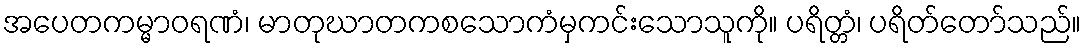
အပေတကမ္မာဝရဏံ၊ မာတုဃာတကစသောကံမှကင်းသောသူကို။ ပရိတ္တံ၊ ပရိတ်တော်သည်။